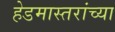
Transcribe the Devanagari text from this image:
हेडमास्तरांच्या